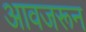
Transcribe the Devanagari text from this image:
आवजरून